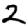
Digit: 2